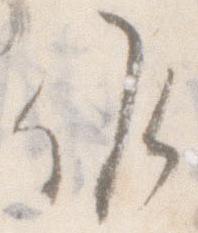
候